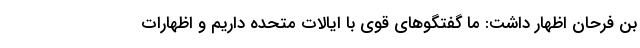
بن فرحان اظهار داشت: ما گفتگوهای قوی با ایالات متحده داریم و اظهارات